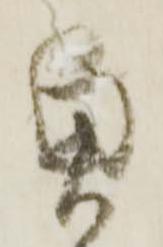
奥